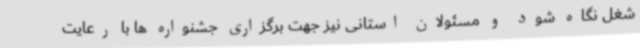
شغل نگاه شود و مسئولان استانی نیز جهت برگزاری جشنواره ها با رعایت